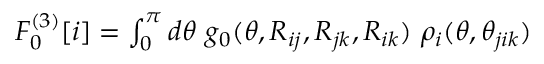
\begin{array} { r } { F _ { 0 } ^ { ( 3 ) } [ i ] = \int _ { 0 } ^ { \pi } d \theta ~ g _ { 0 } ( \theta , R _ { i j } , R _ { j k } , R _ { i k } ) ~ \rho _ { i } ( \theta , \theta _ { j i k } ) } \end{array}